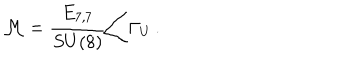
LaTeX: { \cal M } = \left. \frac { E _ { 7 , 7 } } { S U ( 8 ) } \right/ \Gamma _ { U } \, .